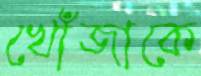
খোঁজাকে